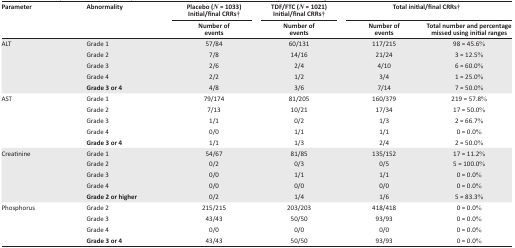
<table><thead><tr><td rowspan="2"><b>Parameter</b></td><td rowspan="2"><b>Abnormality</b></td><td><b>Placebo (<i>N</i> = 1033) Initial/final CRRs†</b></td><td><b>TDF/FTC (<i>N</i> = 1021) Initial/final CRRs†</b></td><td colspan="2"><b>Total initial/final CRRs†</b></td></tr><tr><td><b>Number of events</b></td><td><b>Number of events</b></td><td><b>Number of events</b></td><td><b>Total number and percentage missed using initial ranges</b></td></tr></thead><tbody><tr><td>ALT</td><td>Grade 1</td><td>57/84</td><td>60/131</td><td>117/215</td><td>98 = 45.6%</td></tr><tr><td></td><td>Grade 2</td><td>7/8</td><td>14/16</td><td>21/24</td><td>3 = 12.5%</td></tr><tr><td></td><td>Grade 3</td><td>2/6</td><td>2/4</td><td>4/10</td><td>6 = 60.0%</td></tr><tr><td></td><td>Grade 4</td><td>2/2</td><td>1/2</td><td>3/4</td><td>1 = 25.0%</td></tr><tr><td></td><td><b>Grade 3 or 4</b></td><td>4/8</td><td>3/6</td><td>7/14</td><td>7 = 50.0%</td></tr><tr><td>AST</td><td>Grade 1</td><td>79/174</td><td>81/205</td><td>160/379</td><td>219 = 57.8%</td></tr><tr><td></td><td>Grade 2</td><td>7/13</td><td>10/21</td><td>17/34</td><td>17 = 50.0%</td></tr><tr><td></td><td>Grade 3</td><td>1/1</td><td>0/2</td><td>1/3</td><td>2 = 66.7%</td></tr><tr><td></td><td>Grade 4</td><td>0/0</td><td>1/1</td><td>1/1</td><td>0 = 0.0%</td></tr><tr><td></td><td><b>Grade 3 or 4</b></td><td>1/1</td><td>1/3</td><td>2/4</td><td>2 = 50.0%</td></tr><tr><td>Creatinine</td><td>Grade 1</td><td>54/67</td><td>81/85</td><td>135/152</td><td>17 = 11.2%</td></tr><tr><td></td><td>Grade 2</td><td>0/2</td><td>0/3</td><td>0/5</td><td>5 = 100.0%</td></tr><tr><td></td><td>Grade 3</td><td>0/0</td><td>1/1</td><td>1/1</td><td>0 = 0.0%</td></tr><tr><td></td><td>Grade 4</td><td>0/0</td><td>0/0</td><td>0/0</td><td>0 = 0.0%</td></tr><tr><td></td><td><b>Grade 2 or higher</b></td><td>0/2</td><td>1/4</td><td>1/6</td><td>5 = 83.3%</td></tr><tr><td>Phosphorus</td><td>Grade 2</td><td>215/215</td><td>203/203</td><td>418/418</td><td>0 = 0.0%</td></tr><tr><td></td><td>Grade 3</td><td>43/43</td><td>50/50</td><td>93/93</td><td>0 = 0.0%</td></tr><tr><td></td><td>Grade 4</td><td>0/0</td><td>0/0</td><td>0/0</td><td>0 = 0.0%</td></tr><tr><td></td><td><b>Grade 3 or 4</b></td><td>43/43</td><td>50/50</td><td>93/93</td><td>0 = 0.0%</td></tr></tbody></table>